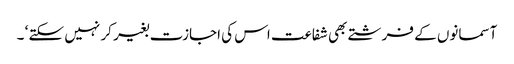
آسمانوں کے فرشتے بھی شفاعت اس کی اجازت بغیر کر نہیں سکتے ‘ ۔